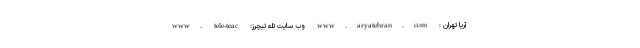
آریا تهران : www.aryatehran.com وب سایت تله تیچرز: www. tele-teac